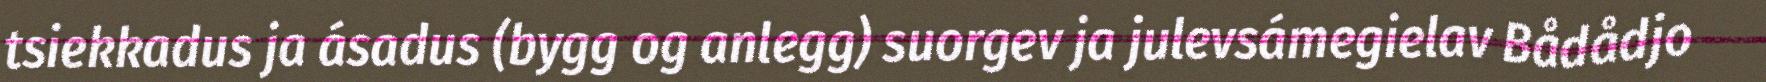
tsiekkadus ja ásadus (bygg og anlegg) suorgev ja julevsámegielav Bådådjo